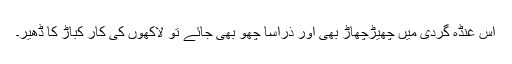
اس غنڈہ گردی میں چھیڑچھاڑ بھی اور ذراسا چھو بھی جائے تو لاکھوں کی کار کباڑ کا ڈھیر۔